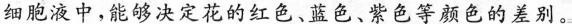
细胞液中，能够决定花的红色、蓝色、紫色等颜色的差别。